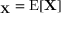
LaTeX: \mathbf { \mu _ { X } } = \operatorname { E } [ \mathbf { X } ]